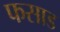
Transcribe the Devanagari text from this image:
फसाड